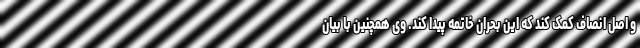
و اصل انصاف کمک کند که این بحران خاتمه پیدا کند. وی همچنین با بیان